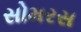
સોમરસ